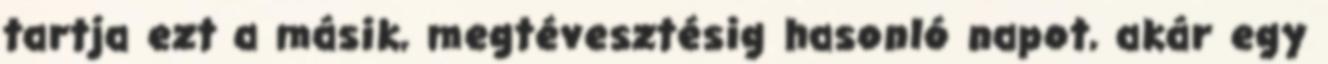
tartja ezt a másik, megtévesztésig hasonló napot, akár egy